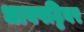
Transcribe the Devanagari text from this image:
धावपट्टिवर